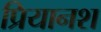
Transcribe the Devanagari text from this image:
प्रियानश